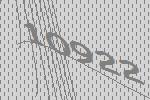
10922